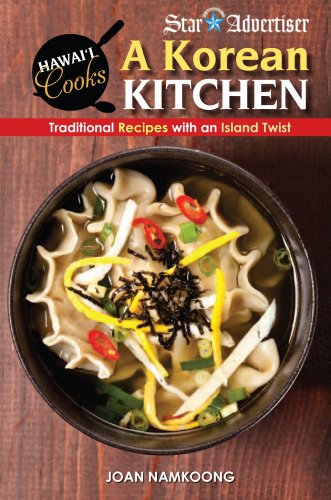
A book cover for A Korean Kitchen: Traditonal Recipes With an Island Twist (Hawaii Cooks); Joan Namkoong; Cookbooks, Food & Wine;